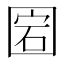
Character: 𡇵